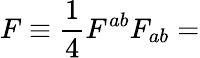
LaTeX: F\equiv\frac{1}{4}F^{ab}F_{ab}=